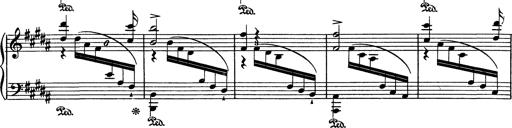
Title: AnnÃ©es de pÃ¨lerinage I
Composer: Franz Liszt